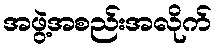
အဖွဲ့အစည်းအလိုက်